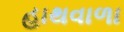
હાથવાળા